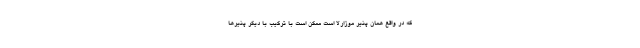
که در واقع همان پنیر موزارلا است ممکن است با ترکیب با دیگر پنیرها